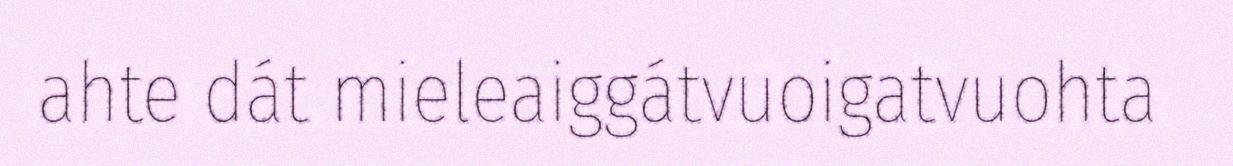
ahte dát mieleaiggátvuoigatvuohta